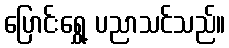
ပြောင်းရွှေ့ ပညာသင်သည်။